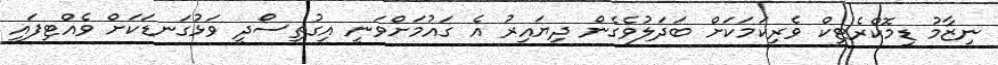
ނިޒާމު ޑިމޮކްރެޓިކް ވެރިކަމަކަށް ބަދަލުވެގެން ދިޔައިރު އެ ގައުމަށްވަނީ އިގުތިސޯދީ ވަޅުގަނޑަކަށް ވެއްޓިފައި